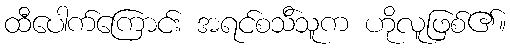
ထီပေါက်ကြောင်း အရင်စသ်ိသူက ဟိုလူဖြစ်၏။